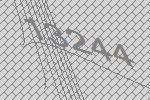
13244